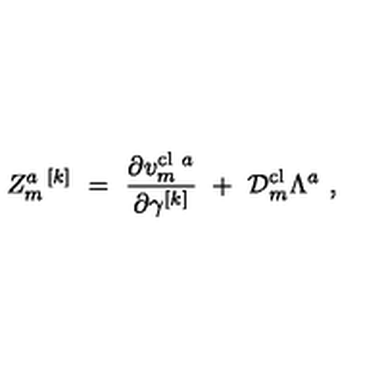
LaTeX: Z _ { m } ^ { a \ [ k ] } \ = \ { \frac { \partial v _ { m } ^ { \mathrm { c l } \ a } } { \partial \gamma ^ { [ k ] } } } \ + \ { \cal D } _ { m } ^ { \mathrm { c l } } \Lambda ^ { a } \ ,